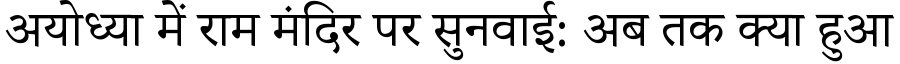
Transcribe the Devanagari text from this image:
अयोध्या में राम मंदिर पर सुनवाई: अब तक क्या हुआ